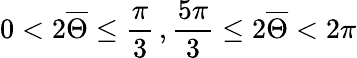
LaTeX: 0<2\overline{{\Theta}}\leq\frac{\pi}{3}\, ,\frac{5\pi}{3}\leq 2\overline{{\Theta}}<2\pi